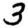
Digit: 3